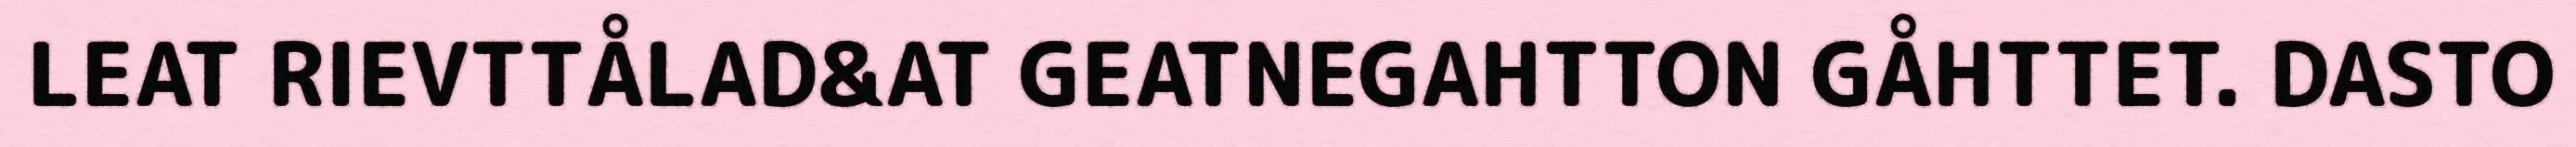
LEAT RIEVTTÅLAD&AT GEATNEGAHTTON GÅHTTET. DASTO